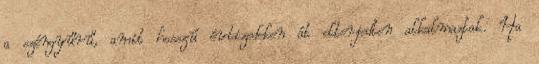
a széngyűrű, amit hosszú évtizedeken át elterjedten alkalmaztak. Ha